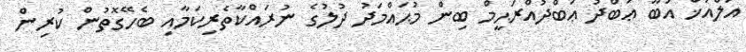
އަލްއަޚް އަބޫ ޢަބްދު ޢަބްދުއްރަޙީމް ބިން މުޙައްމަދު ދުލުގެ ނުރައްކާތެރިކަމާއި ބެހޭގޮތުން ކުރިން